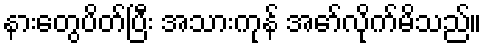
နားတွေပိတ်ပြီး အသားကုန် အော်လိုက်မိသည်။